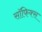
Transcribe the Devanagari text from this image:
सॉफिक्स